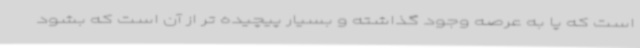
است که پا به عرصه وجود گذاشته و بسیار پیچیده تر از آن است که بشود